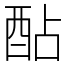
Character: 酟